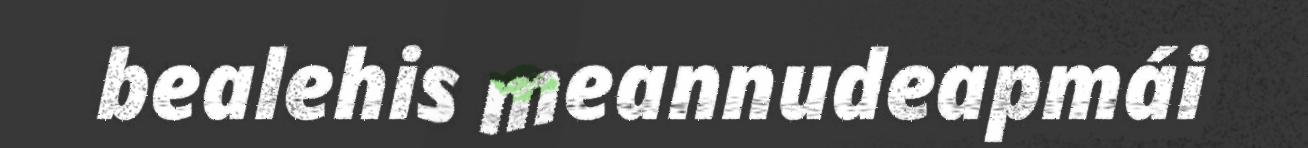
bealehis meannudeapmái